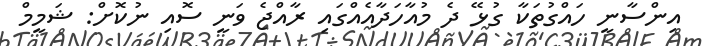
އިންސާނީ ހައްގުތަކާ ގުޅޭ ދެ މުއާހަދާއެއްގައި ރާއްޖެ ވަނީ ސޮއި ނުކޮށް: ޝަމީމް